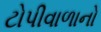
ટોપીવાળાનો